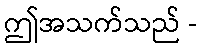
ဤအသက်သည် -